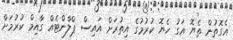
އެގޮތުން ތެޔޮ އަގު ހެޔޮ ކުރުމުގެ އިތުރަށް އައިސް ޕްލާންޓެއް ގާއިމް ކުރުމަށް